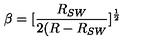
\beta = [ \frac { R _ { S W } } { 2 ( R - R _ { S W } } ] ^ { \frac { 1 } { 2 } }